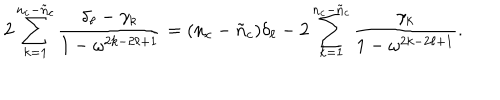
2 \sum _ { k = 1 } ^ { n _ { c } - \tilde { n } _ { c } } \frac { \delta _ { \ell } - \gamma _ { k } } { 1 - \omega ^ { 2 k - 2 \ell + 1 } } = ( n _ { c } - \tilde { n } _ { c } ) \delta _ { \ell } - 2 \sum _ { k = 1 } ^ { n _ { c } - \tilde { n } _ { c } } \frac { \gamma _ { k } } { 1 - \omega ^ { 2 k - 2 \ell + 1 } } .